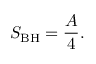
S _ { \mathrm { B H } } = { \frac { A } { 4 } } .